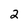
Character: 2